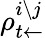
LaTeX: \rho_{t\leftarrow}^{i\setminus j}